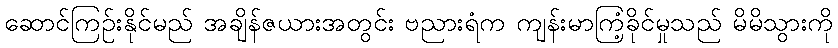
ဆောင်ကြဉ်းနိုင်မည် အချိန်ဇယားအတွင်း ဗညားရံက ကျန်းမာကြံ့ခိုင်မှုသည် မိမိသွားကို